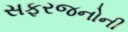
સફરજનોની